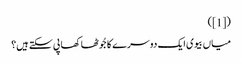
([1])
میاں بیوی ایک دوسرے کا جُوٹھا کھا پی سکتے ہیں؟